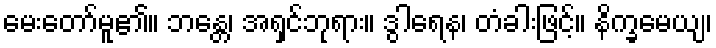
မေးတော်မူ၏။ ဘန္တေ၊ အရှင်ဘုရား။ ဒွါရေန၊ တံခါးဖြင့်။ နိက္ခမေယျ၊